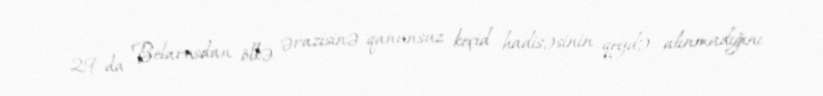
29-da Belarusdan ölkə ərazisinə qanunsuz keçid hadisəsinin qeydə alınmadığını